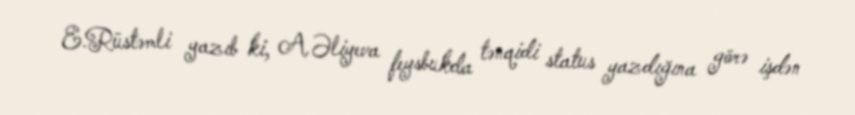
E.Rüstəmli yazıb ki, A.Əliyeva feysbukda tənqidi status yazdığına görə işdən